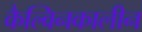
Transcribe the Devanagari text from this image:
कैल्विनकालीन